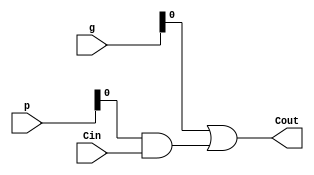
`timescale 1ns / 1ps
//////////////////////////////////////////////////////////////////////////////////
// Company: 
// Engineer: 
// 
// Design Name: 
// Module Name:    Carry_Block_1 
// Project Name: 
// Target Devices: 
// Tool versions: 
// Description: 
//
// Dependencies: 
//
// Revision: 
// Revision 0.01 - File Created
// Additional Comments: 
//
//////////////////////////////////////////////////////////////////////////////////
module Carry_Block_1(
    output Cout,
    input [3:0] p,
    input [3:0] g,
    input Cin    
    );
	 
	 assign Cout = g[0] | (p[0] & Cin);				//c1 = g0 + (p0*c0)
	 
endmodule

//get the solution for the carry lookahead adder !